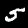
Digit: 5